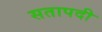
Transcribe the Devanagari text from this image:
सतापदी